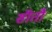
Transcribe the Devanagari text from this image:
सीतौ